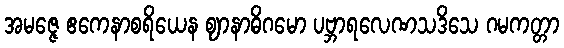
အမဇ္ဇေ ဧကေနာစရိယေန ဈာနာဓိဂမော ပဗ္ဘာရလေဏသဒိသေ ဂမကတ္တာ